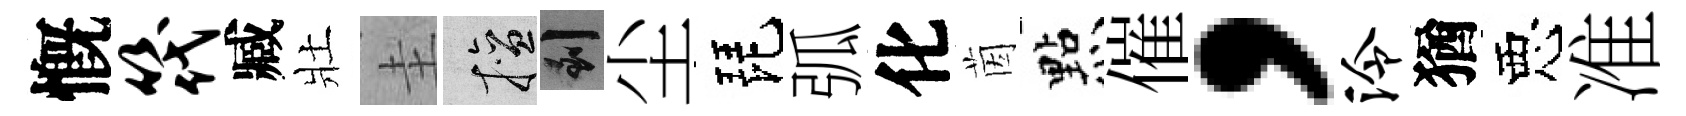
慨筏臧壯圭擅到尘琵弧化茵㸃催，泠猶惡准